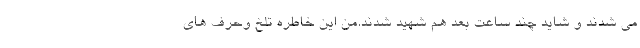
می شدند و شاید چند ساعت بعد هم شهید شدند.من این خاطره تلخ وحرف های